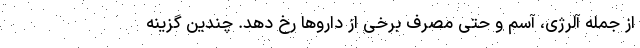
از جمله آلرژی، آسم و حتی مصرف برخی از داروها رخ دهد. چندین گزینه